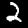
Digit: 2